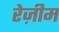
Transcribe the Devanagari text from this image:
रेज़ीम